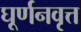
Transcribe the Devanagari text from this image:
घूर्णनवृत्त